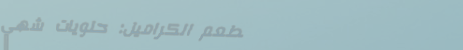
مطعم الكراميل: حلويات شهي